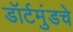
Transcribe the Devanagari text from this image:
डॉर्टमुंडचे